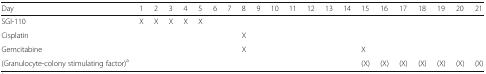
| Day | 1 | 2 | 3 | 4 | 5 | 6 | 7 | 8 | 9 | 10 | 11 | 12 | 13 | 14 | 15 | 16 | 17 | 18 | 19 | 20 | 21 |
 | --- | --- | --- | --- | --- | --- | --- | --- | --- | --- | --- | --- | --- | --- | --- | --- | --- | --- | --- | --- | --- | --- |
 | SGI-110 | X | X | X | X | X |  |  |  |  |  |  |  |  |  |  |  |  |  |  |  |  |
 | Cisplatin |  |  |  |  |  |  |  | X |  |  |  |  |  |  |  |  |  |  |  |  |  |
 | Gemcitabine |  |  |  |  |  |  |  | X |  |  |  |  |  |  | X |  |  |  |  |  |  |
 | (Granulocyte-colony stimulating factor)a |  |  |  |  |  |  |  |  |  |  |  |  |  |  | (X) | (X) | (X) | (X) | (X) | (X) | (X) |